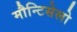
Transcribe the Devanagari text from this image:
मौन्टिसेलो